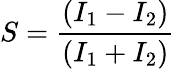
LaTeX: S=\frac{(I_{1}-I_{2})}{(I_{1}+I_{2})}